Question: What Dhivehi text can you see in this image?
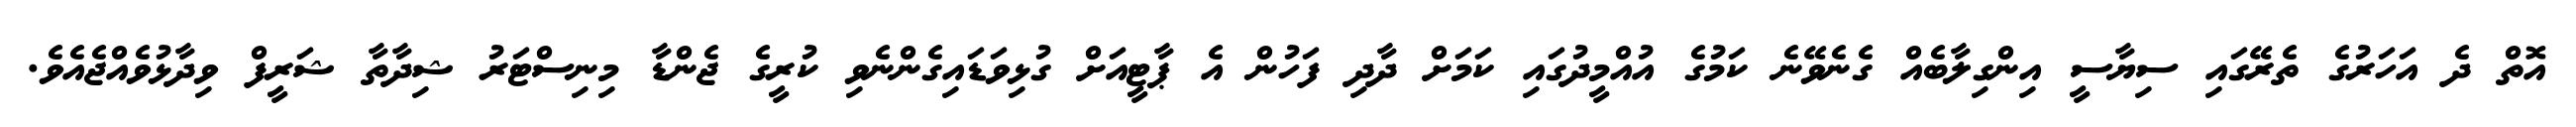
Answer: އޮތް ދެ އަހަރުގެ ތެރޭގައި ސިޔާސީ އިންގިލާބެއް ގެނެވޭނެ ކަމުގެ އުއްމީދުގައި ކަމަށް ދާދި ފަހުން އެ ޕާޓީއަށް ގުޅިވަޑައިގެންނެވި ކުރީގެ ޖެންޑާ މިނިސްޓަރު ޝިދާތާ ޝަރީފް ވިދާޅުވެއްޖެއެވެ.